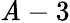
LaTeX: \mathit{A}-3